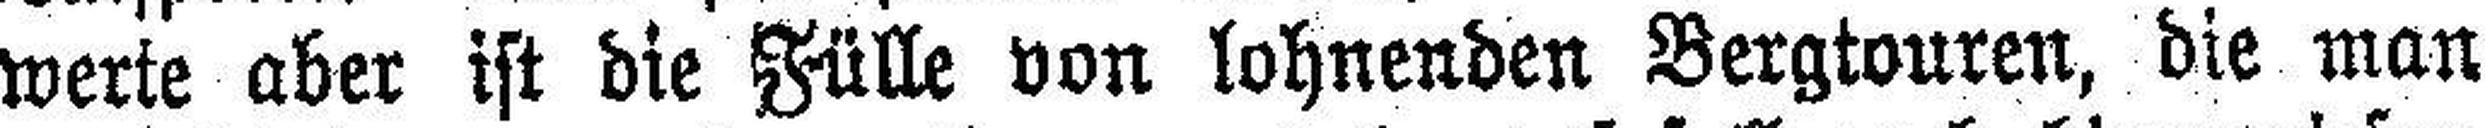
werte aber ist die Fülle von lohnenden Bergtouren, die man